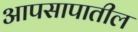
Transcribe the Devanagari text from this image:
आपसापातील